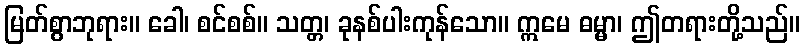
မြတ်စွာဘုရား။ ခေါ၊ စင်စစ်။ သတ္တ၊ ခုနစ်ပါးကုန်သော။ ဣမေ ဓမ္မာ၊ ဤတရားတို့သည်။